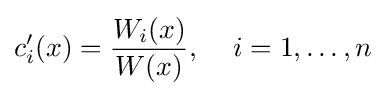
c_{i}'(x)={\frac {W_{i}(x)}{W(x)}},\,\quad i=1,\ldots ,n